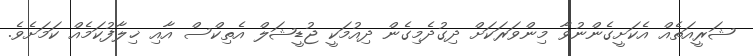
ޝަރީއަތެއް އެކަށީގެންނުވާ މިންވަރަކަށް ދިގުދެމިގެން ދިއުމަކީ ޖުޑީޝަލް އެތިކްސް އާއި ޚިލާފުކަމެއް ކަމަށެވެ.